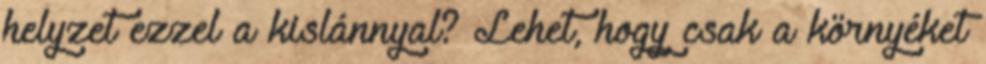
helyzet ezzel a kislánnyal? Lehet, hogy csak a környéket